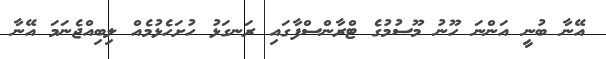
އޭނާ ބުނީ އަންނަ ހޫނު މޫސުމުގެ ޓްރާންސްފާގައި ރަނގަޅު ހުށަހެޅުމެއް ލިބިއްޖެނަމަ އޭނާ